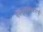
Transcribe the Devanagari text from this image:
ऍल्युमिनियमची